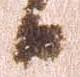
日